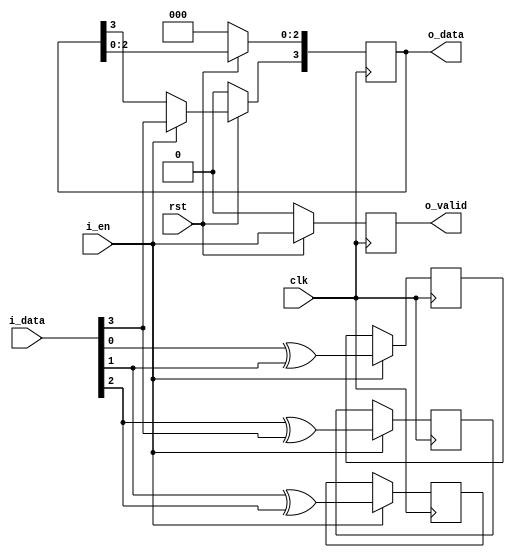
//
// 
//
module gray #(
    parameter MSB = 4                   // 
)
(
    input                   clk,
    input                   rst,
    input                   i_en,
    input      [MSB-1:0]    i_data,
    output reg              o_valid,
    output reg [MSB-1:0]    o_data
);

always@(posedge clk) begin
    if(!rst) begin
        o_valid <= 0;
    end
    else begin
        o_valid <= i_en;
    end
end

always@(posedge clk) begin
    if(!rst) begin
        o_data <= 'b0;
    end
    else begin
        if(i_en) begin
            o_data[MSB-1] <= i_data[MSB-1];
        end
        else begin
            o_data[MSB-1] <= o_data[MSB-1];
        end
    end
end

genvar i;
generate
    for(i=MSB-2; i>=0; i=i-1) begin
        always@(posedge clk) begin
            if(i_en) begin
                o_data[i] <= i_data[i] ^ i_data[i+1];
            end
            else begin
                o_data[i] <= o_data[i];
            end
        end
    end
endgenerate

endmodule